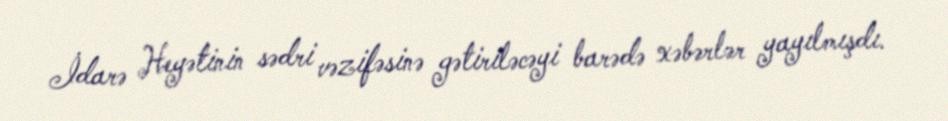
İdarə Heyətinin sədri vəzifəsinə gətiriləcəyi barədə xəbərlər yayılmışdı.